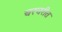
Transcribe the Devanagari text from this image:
चरचरीत